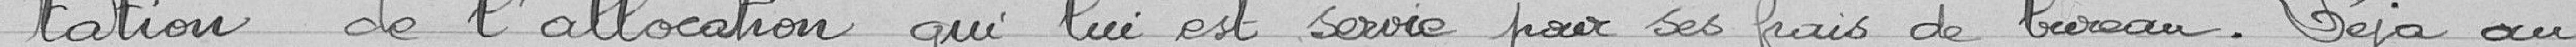
tation de l'allocation qui lui est servie pour ses frais de bureau. Déjà au